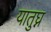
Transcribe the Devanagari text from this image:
यातुघ्न